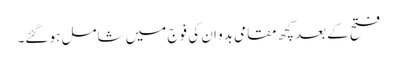
فتح کے بعدکچھ مقامی بدو ان کی فوج میں شامل ہو گئے۔